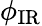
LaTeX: \phi_{\mathrm{IR}}